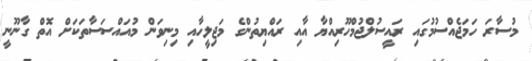
މުސާރަ ހަމަޖެއްސުމުގައި ރައީސުލްޖުމްހޫރިއްޔާ އާއި ރައްޔިތުންގެ މަޖިލީހާއި މިނިވަން މުއައްސަސާތަކަށް އޮތް ގާނޫނީ